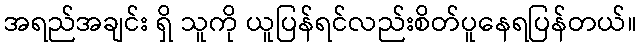
အရည်အချင်း ရှိ သူကို ယူပြန်ရင်လည်းစိတ်ပူနေရပြန်တယ်။